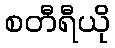
စတီရီယို